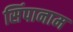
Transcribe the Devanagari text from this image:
सिंपानाम